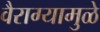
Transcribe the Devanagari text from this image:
वैराग्यामुळे